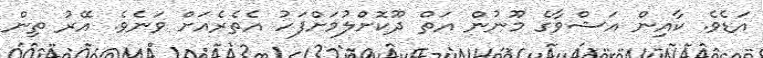
އަޑެވެ. ކާއިން އަޝްވާގެ މޫނުން އަތް ދޫކޮށްލުމަށްފަހު އެތެރެއަށް ވަނެވެ. އޭރު ތިން